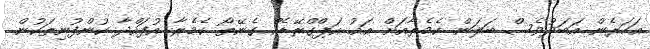
އަހަރެން އަބަދުވެސް ބަލަން ކެމެރާއަށް އައު އަޕްގްރޭޑެއް ގެނޭތޯ ކެމެރާ އުފައްދާ ކުންފުނިތަކުން.